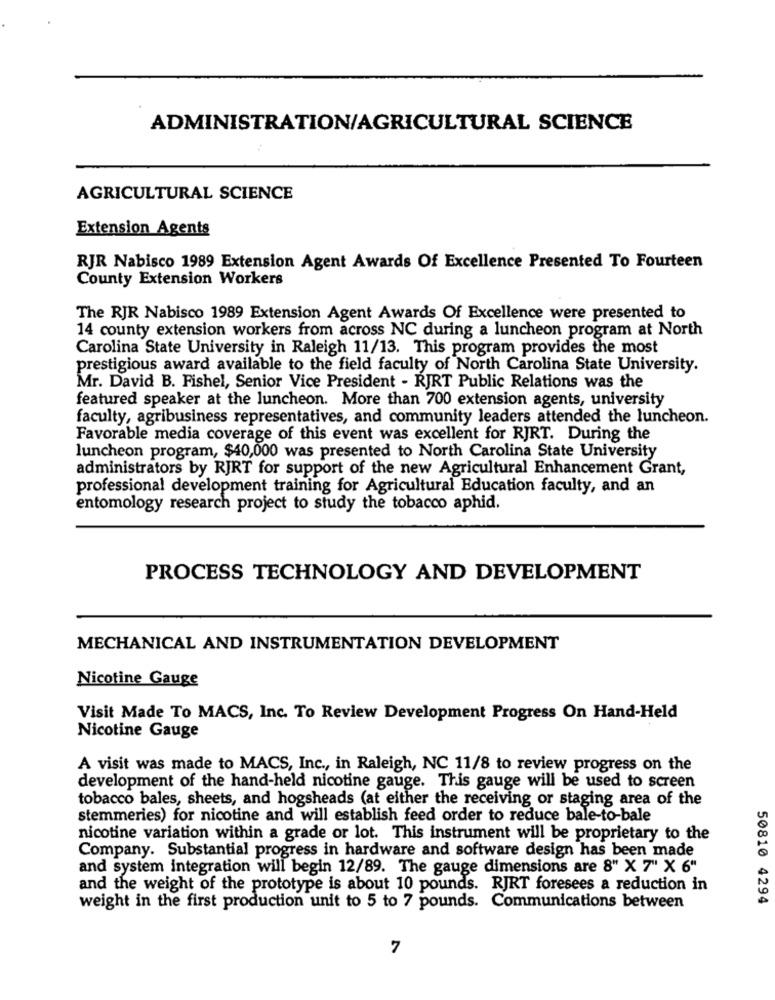
ADMINISTRATION/AGRICULTURAL SCIENCE
AGRICULTURAL SCIENCE
Extension Agents
RJR Nabisco 1989 Extension Agent Awards Of Excellence Presented To Fourteen
County Extension Workers
The RJR Nabisco 1989 Extension Agent Awards Of Excellence were presented to
14 county extension workers from across NC during a luncheon program at North
Carolina State University in Raleigh 11/13. This program provides the most
prestigious award available to the field faculty of North Carolina State University.
Mr. David B. Fishel, Senior Vice President - RJRT Public Relations was the
featured speaker at the luncheon. More than 700 extension agents, university
faculty, agribusiness representatives, and community leaders attended the luncheon.
Favorable media coverage of this event was excellent for RJRT. During the
luncheon program, $40,000 was presented to North Carolina State University
administrators by RJRT for support of the new Agricultural Enhancement Grant,
professional development training for Agricultural Education faculty, and an
entomology research project to study the tobacco aphid.
PROCESS TECHNOLOGY AND DEVELOPMENT
MECHANICAL AND INSTRUMENTATION DEVELOPMENT
Nicotine Gauge
Visit Made To MACS, Inc. To Review Development Progress On Hand-Held
Nicotine Gauge
A visit was made to MACS, Inc ., in Raleigh, NC 11/8 to review progress on the
development of the hand-held nicotine gauge. This gauge will be used to screen
tobacco bales, sheets, and hogsheads (at either the receiving or staging area of the
stemmeries) for nicotine and will establish feed order to reduce bale-to-bale
nicotine variation within a grade or lot. This instrument will be proprietary to the
Company. Substantial progress in hardware and software design has been made
and system integration will begin 12/89. The gauge dimensions are 8" X 7" X 6"
and the weight of the prototype is about 10 pounds. RJRT foresees a reduction in
50810 4294
weight in the first production unit to 5 to 7 pounds. Communications between
7